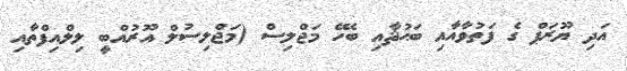
އަދި ޔޫރަޕް ގެ ފަތުވާއާއި ބަޙުޘާއި ބެހޭ މަޖްލިސް (މަޖްލިސުލް އޫރުއްބީ ލިލްއިފްތާއި